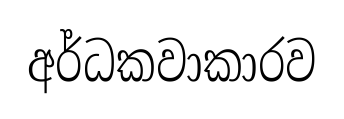
අර්ධකවාකාරව